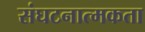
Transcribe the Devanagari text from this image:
संघटनात्मकता